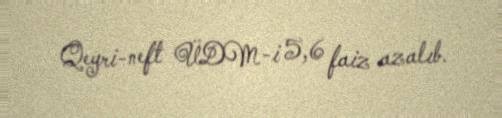
Qeyri-neft ÜDM-i 5,6 faiz azalıb.